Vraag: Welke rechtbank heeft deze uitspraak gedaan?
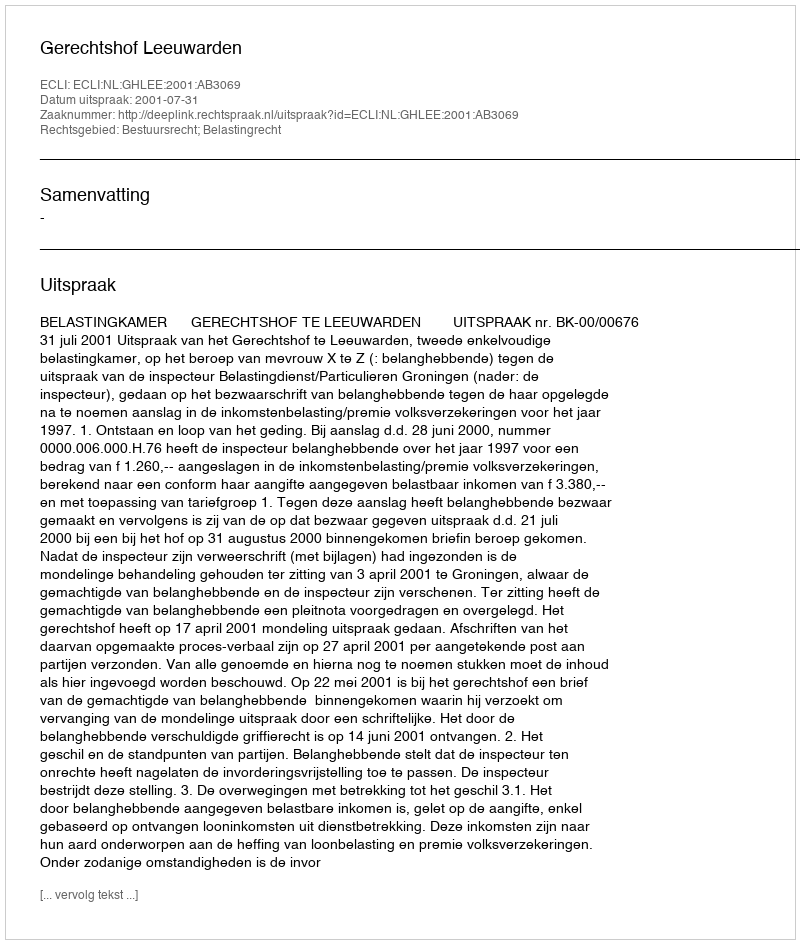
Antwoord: Gerechtshof Leeuwarden